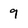
Character: 9